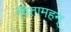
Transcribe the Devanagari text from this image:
पितामहन्